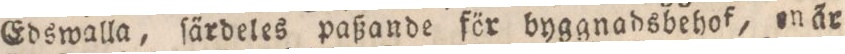
Edswalla, ſärdeles paßande för byggnadsbehof, en är